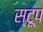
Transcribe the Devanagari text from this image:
स्टूप